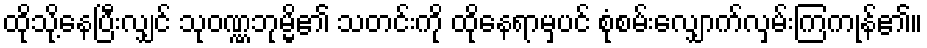
ထိုသို့နေပြီးလျှင် သုဝဏ္ဏဘုမ္မိ၏ သတင်းကို ထိုနေရာမှပင် စုံစမ်းလျှောက်လှမ်းကြကုန်၏။